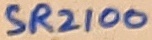
Text: SR2100